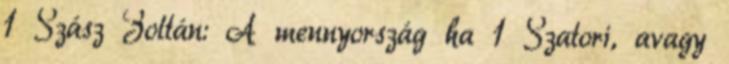
1 Szász Zoltán: A mennyország ha 1 Szatori, avagy